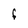
Character: F